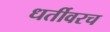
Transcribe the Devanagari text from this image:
धर्तीवरच